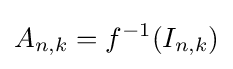
A_{n,k}=f^{-1}(I_{n,k})